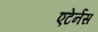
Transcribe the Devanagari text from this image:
एटेर्नस